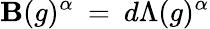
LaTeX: \mathbf{B}(g)^{\alpha}\: =\: d\Lambda(g)^{\alpha}